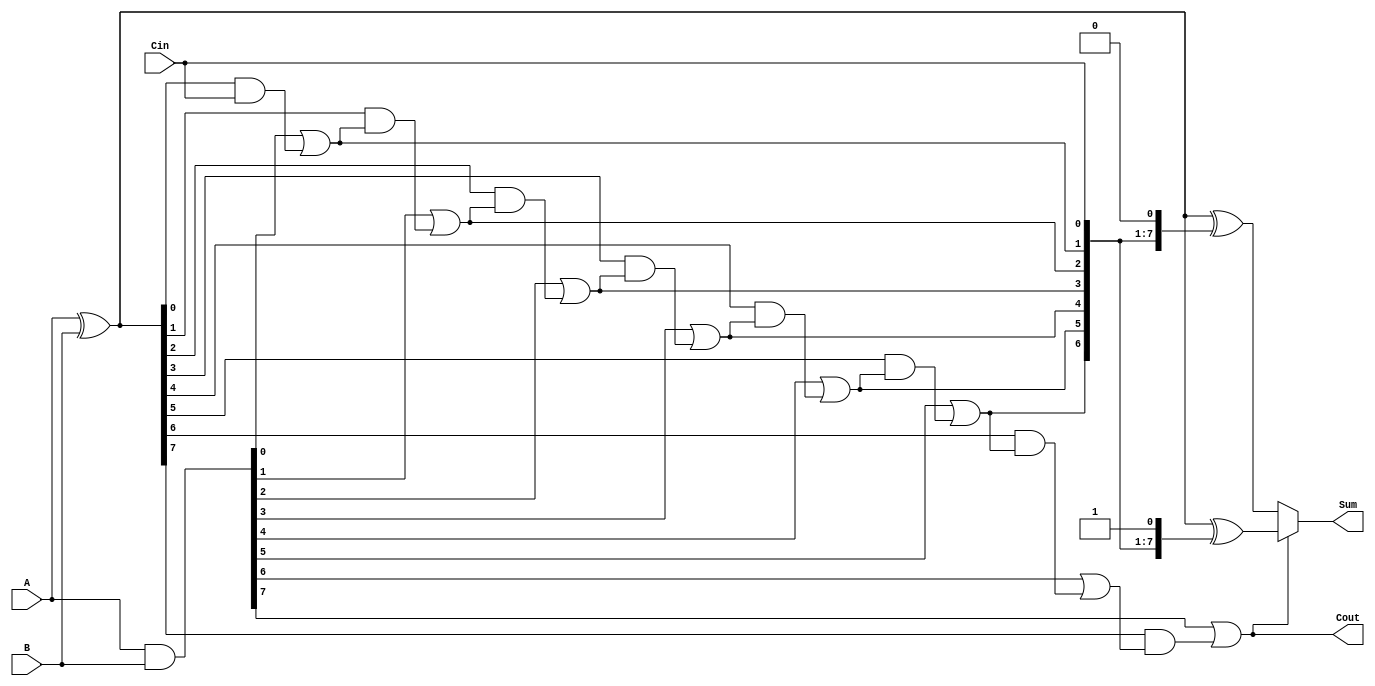
module CarrySelectAdder #(parameter N = 8) (
    input  [N-1:0] A,      // First n-bit input
    input  [N-1:0] B,      // Second n-bit input
    input         Cin,      // Carry-in
    output [N-1:0] Sum,     // n-bit sum output
    output        Cout       // Carry-out
);

    // Generate and propagate signals
    wire [N-1:0] G; // Generate signals
    wire [N-1:0] P; // Propagate signals

    assign G = A & B;           // Generate
    assign P = A ^ B;           // Propagate

    // Carry signals for each segment
    wire [N:0] C; // Carry signals
    assign C[0] = Cin; // Initial carry-in

    // Prefix computation (carry generation)
    genvar i;
    generate
        for (i = 0; i < N; i = i + 1) begin : carry_gen
            if (i == 0) begin
                assign C[i+1] = G[i] | (P[i] & C[i]);
            end else begin
                assign C[i+1] = G[i] | (P[i] & C[i]);
            end
        end
    endgenerate

    // Sum computation for both cases (Cin = 0 and Cin = 1)
    wire [N-1:0] Sum0; // Sum when Cin = 0
    wire [N-1:0] Sum1; // Sum when Cin = 1

    assign Sum0 = A ^ B ^ {C[N-1:0], 1'b0}; // Sum when Cin = 0
    assign Sum1 = A ^ B ^ {C[N-1:0], 1'b1}; // Sum when Cin = 1

    // Select the appropriate sum based on the carry-out
    assign Sum = (C[N] ? Sum1 : Sum0);
    assign Cout = C[N]; // Final carry-out

endmodule